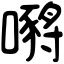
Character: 𡁷